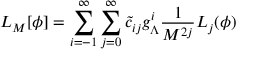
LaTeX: { \cal L } _ { M } [ \phi ] = \sum _ { i = - 1 } ^ { \infty } \sum _ { j = 0 } ^ { \infty } \tilde { c } _ { i j } g _ { \Lambda } ^ { i } \frac { 1 } { M ^ { 2 j } } { \cal L } _ { j } ( \phi )